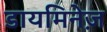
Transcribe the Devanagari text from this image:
डायमिनेज़